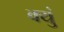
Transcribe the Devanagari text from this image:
क्युं